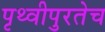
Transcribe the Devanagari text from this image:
पृथ्वीपुरतेच